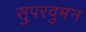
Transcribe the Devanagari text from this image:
सुपरवुमन